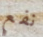
نفع